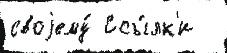
своjему́ Ссы́лк'и